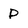
Character: P